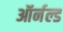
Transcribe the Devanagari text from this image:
ऑर्नल्ड